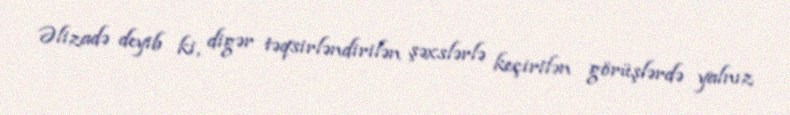
Əlizadə deyib ki, digər təqsirləndirilən şəxslərlə keçirilən görüşlərdə yalnız